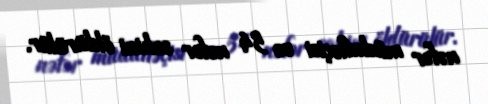
nəfər müdafiəçisi və 54 nəfər sakini öldürülür.